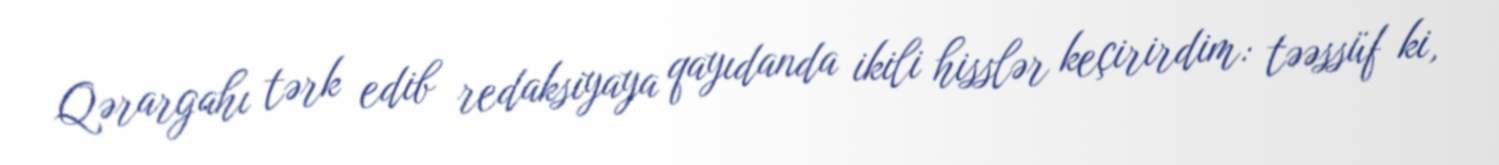
Qərargahı tərk edib redaksiyaya qayıdanda ikili hisslər keçirirdim: təəssüf ki,